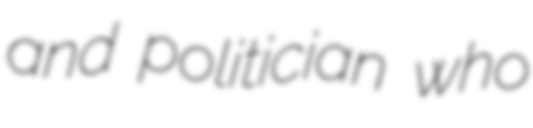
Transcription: and politician who